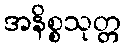
အနိစ္စသုတ္တ